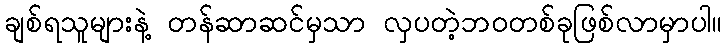
ချစ်ရသူများနဲ့ တန်ဆာဆင်မှသာ လှပတဲ့ဘဝတစ်ခုဖြစ်လာမှာပါ။